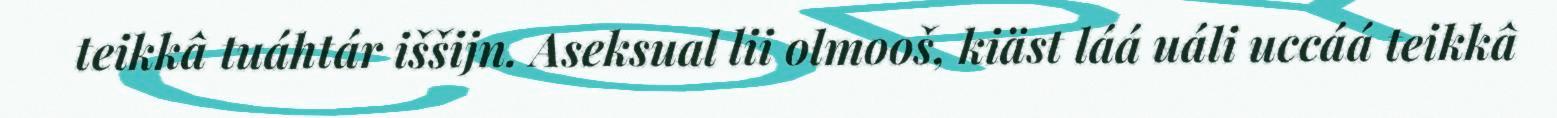
teikkâ tuáhtár iššijn. Aseksual lii olmooš, kiäst láá uáli uccáá teikkâ